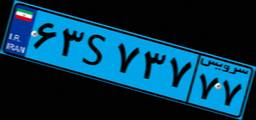
۶۵S۹۵۸۹۴